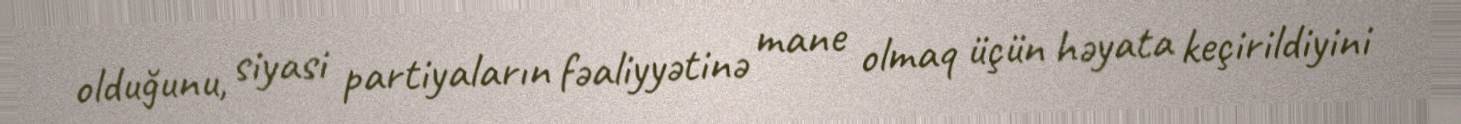
olduğunu, siyasi partiyaların fəaliyyətinə mane olmaq üçün həyata keçirildiyini